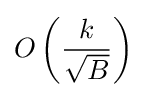
O\left({\frac {k}{\sqrt {B}}}\right)